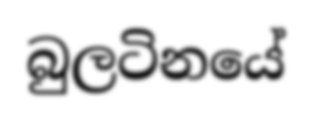
බුලටිනයේ